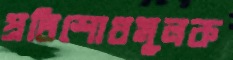
প্রতিশোধমূলক